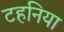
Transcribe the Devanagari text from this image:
टहनिया